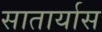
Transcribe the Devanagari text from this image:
सातार्यास